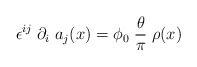
\begin{align*}\epsilon^{ij} \; \partial_i \; a_j (x) = \phi_0 \; \frac{\theta}{\pi} \; \rho(x)\end{align*}